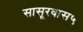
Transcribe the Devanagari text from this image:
सासूरवास५